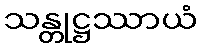
သန္တုဋ္ဌဿာယံ